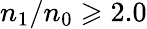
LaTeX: n_{\mathrm{1}}/n_{\mathrm{0}}\geqslant 2.0